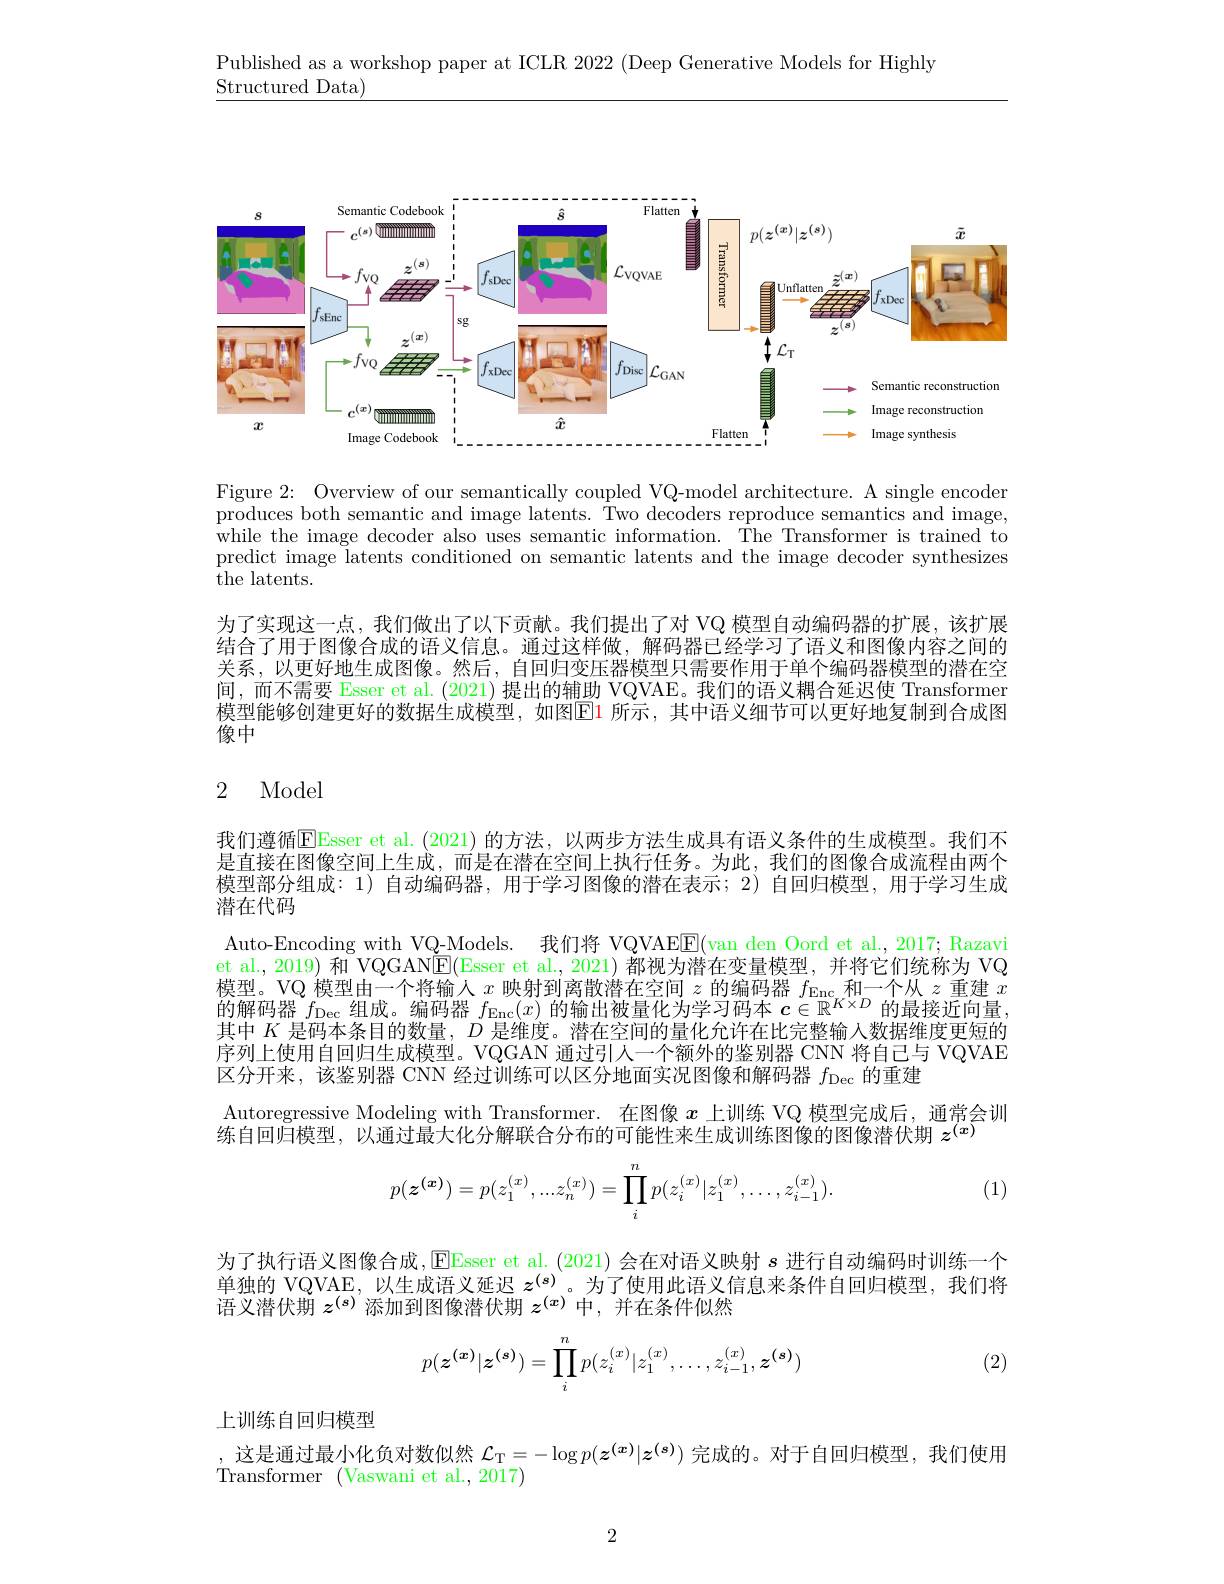
Published as a workshop paper at ICLR 2022 (Deep Generative Models for Highly
Structured Data)

<FigureHere>

Figure 2: Overview of our semantically coupled VQ-model architecture. A single encoder produces both semantic and image latents. Two decoders reproduce semantics and image, while the image decoder also uses semantic information. The Transformer is trained to predict image latents conditioned on semantic latents and the image decoder synthesizes the latents.

为了实现这一点，我们做出了以下贡献。我们提出了对 VQ 模型自动编码器的扩展，该扩展结合了用于图像合成的语义信息。通过这样做，解码器已经学习了语义和图像内容之间的关系，以更好地生成图像。然后，自回归变压器模型只需要作用于单个编码器模型的潜在空间，而不需要 Esser et al. (2021)提出的辅助 VQVAE。我们的语义耦合延迟使 Transformen 模型能够创建更好的数据生成模型，如图E1 所示，其中语义细节可以更好地复制到合成图像中

## 2 Model

我们遵循$\mathbb{E}$Esser et al.(2021)的方法，以两步方法生成具有语义条件的生成模型。我们不是直接在图像空间上生成，而是在潜在空间上执行任务。为此，我们的图像合成流程由两个模型部分组成：1) 自动编码器，用于学习图像的潜在表示；2) 自回归模型，用于学习生成潜在代码
Auto-Encoding with VQ-Models. 我们将 VQVAEE(van den Oord et al., 2017; Razavi et al., 2019) 和 VQGAN$\underline{\mathrm{E}}($Esser et al., 2021) 都视为潜在变量模型，并将它们统称为 VQ 模型。VQ 模型由一个将输入$x$映射到离散潜在空间$z$的编码器$f_\mathrm{Enc}$和一个从$z$重建$x$ 的解码器$f_\mathrm{Dec}$组成。编码器$f_\mathrm{Enc}(x)$的输出被量化为学习码本$c\in\mathbb{R}^K\times D$的最接近向量其中$K$是码本条目的数量，$D$是维度。潜在空间的量化允许在比完整输入数据维度更短的序列上使用自回归生成模型。VQGAN 通过引人一个额外的鉴别器 CNN 将自己与 VQVAE 区分开来，该鉴别器 CNN 经过训练可以区分地面实况图像和解码器$f_\mathrm{Dec}$的重建
Autoregressive Modeling with Transformer. 在图像$x$上训练 VQ 模型完成后，通常会训
练自回归模型，以通过最大化分解联合分布的可能性来生成训练图像的图像潜伏期$z^{(x)}$

(1)
$$p(z^{(x)})=p(z_1^{(x)},...z_n^{(x)})=\prod_i^np(z_i^{(x)}|z_1^{(x)},...,z_{i-1}^{(x)}).$$
为了执行语义图像合成，EEsser et al. (2021)会在对语义映射$s$进行自动编码时训练一个单独的 VQVAE, 以生成语义延迟$z^{(s)}$。为了使用此语义信息来条件自回归模型，我们将语义潜伏期$z^{(s)}$添加到图像潜伏期$z^{(x)}$中，并在条件似然
$$p(z^{(x)}|z^{(s)})=\prod_i^np(z_i^{(x)}|z_1^{(x)},\ldots,z_{i-1}^{(x)},z^{(s)})$$
(2)

上训练自回归模型

,这是通过最小化负对数似然$\mathcal{L}_{\mathrm{T}}=-\log p(\boldsymbol{z}^{(\boldsymbol{x})}|\boldsymbol{z}^{(\boldsymbol{s})})$完成的。对于自回归模型，我们使用
Transformer (Vaswani et al., 2017)

2